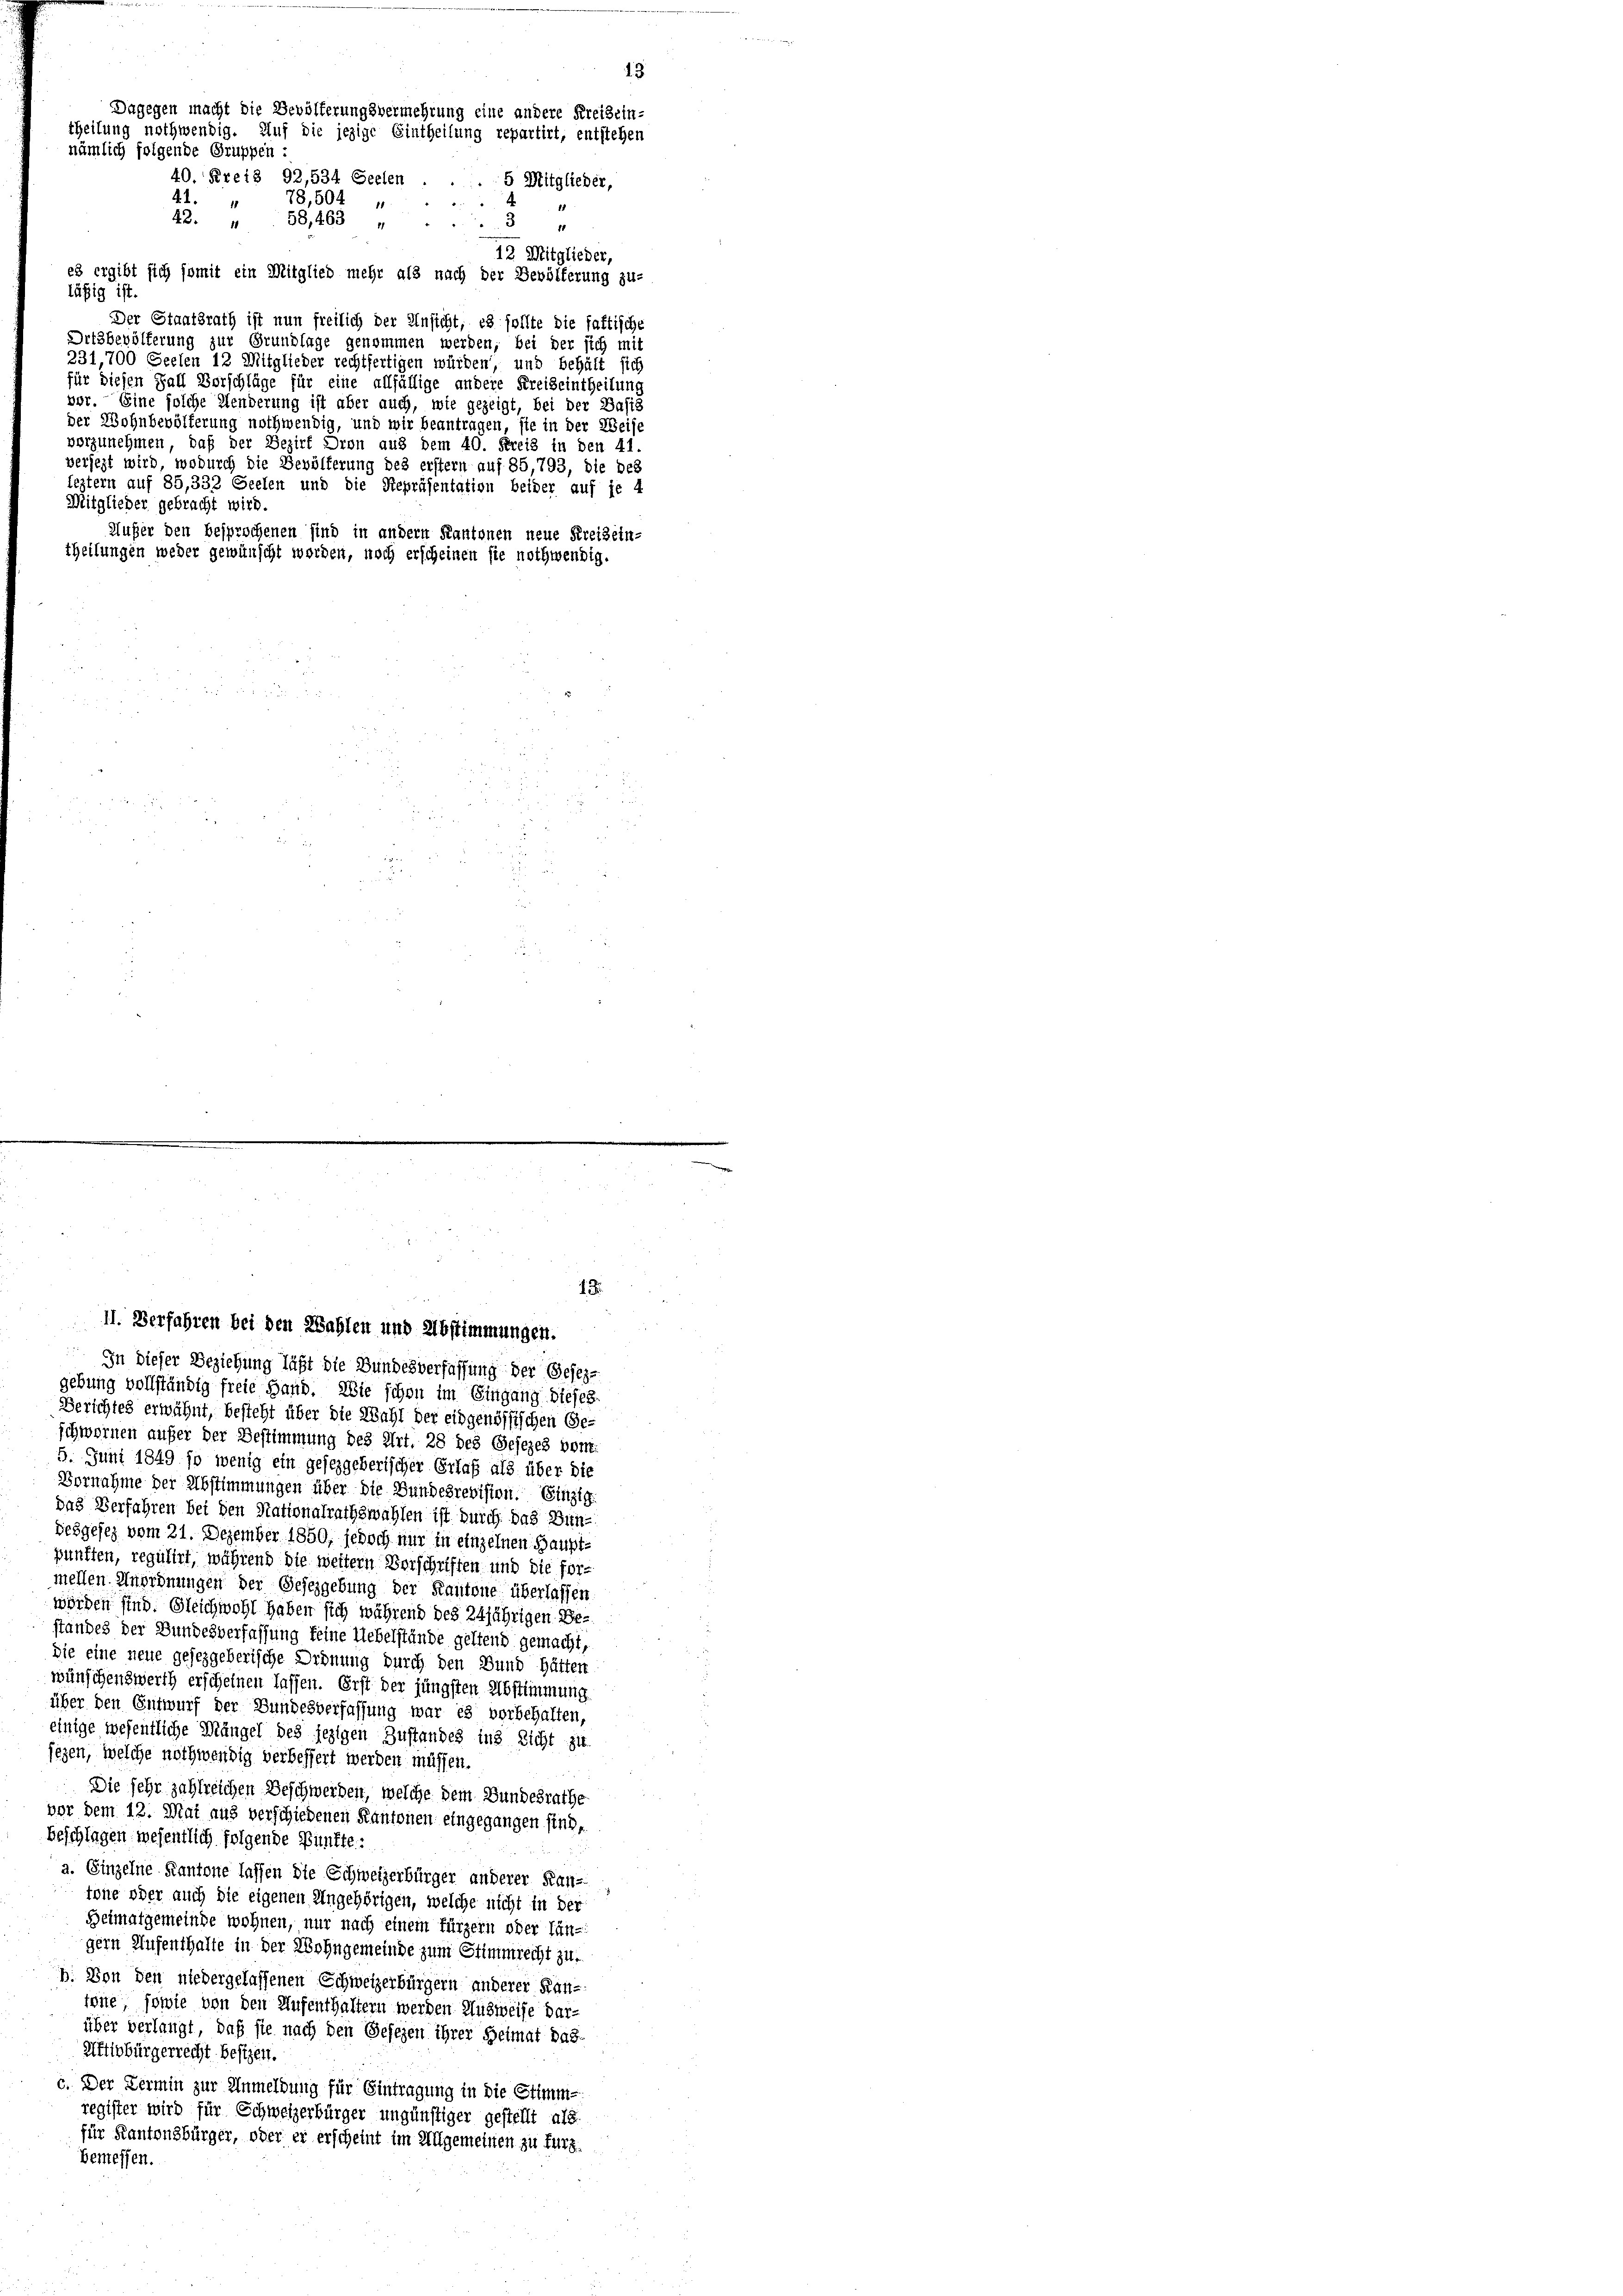
nämlich folgende Gruppen :

40. Kreis 92,534 Seelen . . . 5 Mitglieder,
78,504
41.
22.
58,463 „ ..3 „
12 Mitglieder,
es ergibt sich somit ein Mitglied mehr als nach der Bevölferung zu-
läfig ist.
Der Staatsrath ist nun freilich der Unsicht, es sollte die faktische
Ortsbevölkerung zur Grundlage genommen werden; bei der sich mit
231,700 Seelen 12 Mitglieder rechtfertigen würden, und behält sich
für diesen Fall Vorschläge für eine allfällige andere Kreiseintheilung
vor. Eine solche Henderung ist aber auch, wie gezeigt, bei der Basis
der Wohnbevölferung nothwendig, und wir beantragen, sie in der Weise
vorzunehmen, daß der Bezirk Dron aus dem 40. Freis in den 41.
versezt wird, wodurch die Bevölferung des erstern auf 85,793, die bes
leztern auf 85,332 Seelen und die Repräsentation beider auf je 4
Mitglieder gebracht wird.
Außer den besprochenen sind in andern Kantonen neue Kreisein-
theilungen weder gewünscht worden, noch erscheinen sie nothwendig.

Dagegen macht die Bevölferungsvermehrung eine andere Kreisein-
theilung nothwendig. Auf die jezige Eintheilung repartirt, entstehen

13.
II. Verfahren bei den Wahlen und Abstimmungen.
In dieser Beziehung läßt die Bundesverfassung der Gesezgebung vollständig freie Hand. Wie schon im Eingang dieses
Berichtes erwähnt, besteht über die Wahl der eidgenössischen Ge-
schwornen außer der Bestimmung des Art. 28 des Gesezes bem
5. Juni 1849 so wenig ein gesezgeberischer Erlaß als über die
Vornahme der Abstimmungen über die Bundesrevision. Einzig
das Verfahren bei den Stationalrathswahlen ist durch das Bun-
desgesez vom 21. Dezember 1850, jedoch nur in einzelnen Hauptpunften, regulirt, während die weitern Verschriften und die for-
mellen Anordnungen der Gesezgebung der Kantone überlassen
wörden sind. Gleichwohl haben sich während des 24jährigen Be-
standes der Bundesverfassung keine Uebelstände geltend gemacht,
Sie eine neue gesezgeberische Ordnung durch den Bund hätten
wünschenswerth erscheinen lassen. Erst der jüngsten Abstimmung
über den Entwurf der Bundesverfassung war es vorbehalten,
einige wesentliche Mängel des jezigen Zustandes ins Sicht zu
fezen, welche nothwendig verbessert werden müssen.
Die sehr zahlreichen Beschwerden, welche dem Bundesrathe
vor dem 12. Mai aus verschiedenen Kantonen eingegangen sind,
Beschlagen wesentlich folgende Punkte:
a. Einzelne Kantone lassen die Schweizerbürger anderer Kan-
tone oder auch die eigenen Ungehörigen, welche nicht in der
Heimatgemeinde wohnen, nur nach einem fürzern oder Ein-
gern Aufenthalte in der Wohngemeinde zum Stimmrecht zu
b. Von den niedergelassenen Schweizerbürgern anderer Kantöne, sowie von den Aufenthaltern werden Ausweise dar-
über verlangt, daß sie nach den Gesezen ihrer Heimat das-
Aftivbürgerrecht besizen.
c. Der Termin zur Unmeldung für Eintragung in die Stimm-
register wird für Schweizerbürger ungünstiger gestellt als
für Kantonsbürger, oder er erscheint im Allgemeinen zu kurz.
bemessen.

13